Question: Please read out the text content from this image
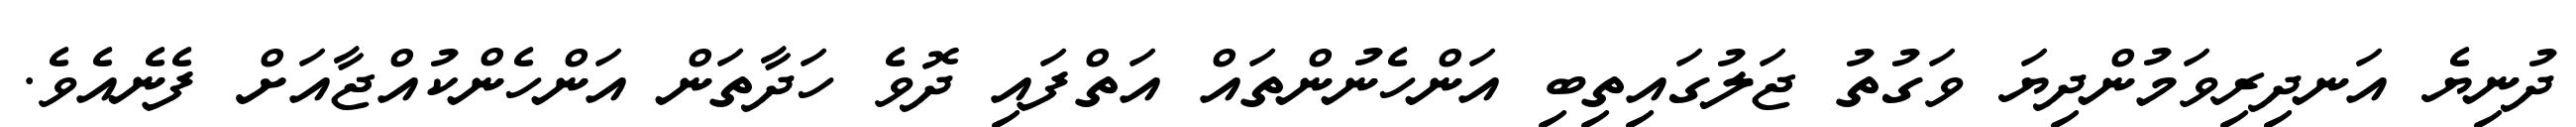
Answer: ދުނިޔެ އަނދިރިވަމުންދިޔަ ވަގުތު ޖަލުގައިތިބި އަންހެނުންތައް އަތްފައި ދޮވެ ހަދާތަން އަންހެންކުއްޖާއަށް ފެނެއެވެ.